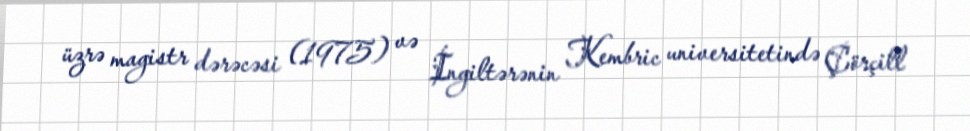
üzrə magistr dərəcəsi (1975) və İngiltərənin Kembric universitetində Çörçill